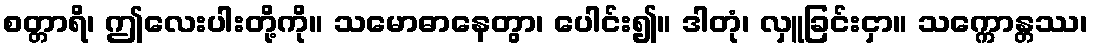
စတ္တာရိ၊ ဤလေးပါးတို့ကို။ သမောဓာနေတွာ၊ ပေါင်း၍။ ဒါတုံ၊ လှူခြင်းငှာ။ သက္ကောန္တဿ၊